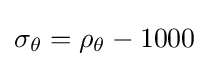
\sigma _{\theta }=\rho _{\theta }-1000